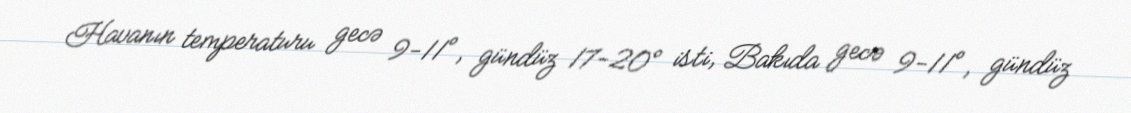
Havanın temperaturu gecə 9-11°, gündüz 17-20° isti, Bakıda gecə 9-11°, gündüz